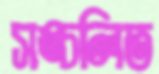
সঙ্চলিত